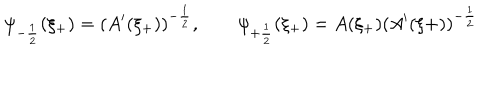
\psi _ { - \frac { 1 } { 2 } } ( \xi _ { + } ) = ( A ^ { \prime } ( \xi _ { + } ) ) ^ { - \frac { 1 } { 2 } } , \qquad \psi _ { + \frac { 1 } { 2 } } ( \xi _ { + } ) = A ( \xi _ { + } ) ( A ^ { \prime } ( \xi { + } ) ) ^ { - \frac { 1 } { 2 } }